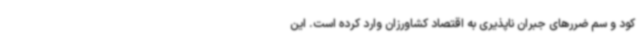
کود و سم ضررهای جبران ناپذیری به اقتصاد کشاورزان وارد کرده است. این